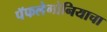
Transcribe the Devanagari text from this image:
पॅफलेगोनियाचा